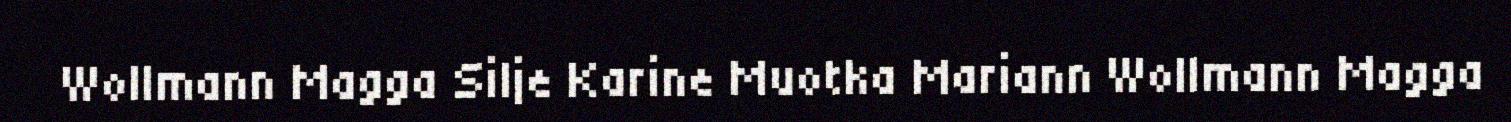
Wollmann Magga Silje Karine Muotka Mariann Wollmann Magga